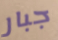
جبار